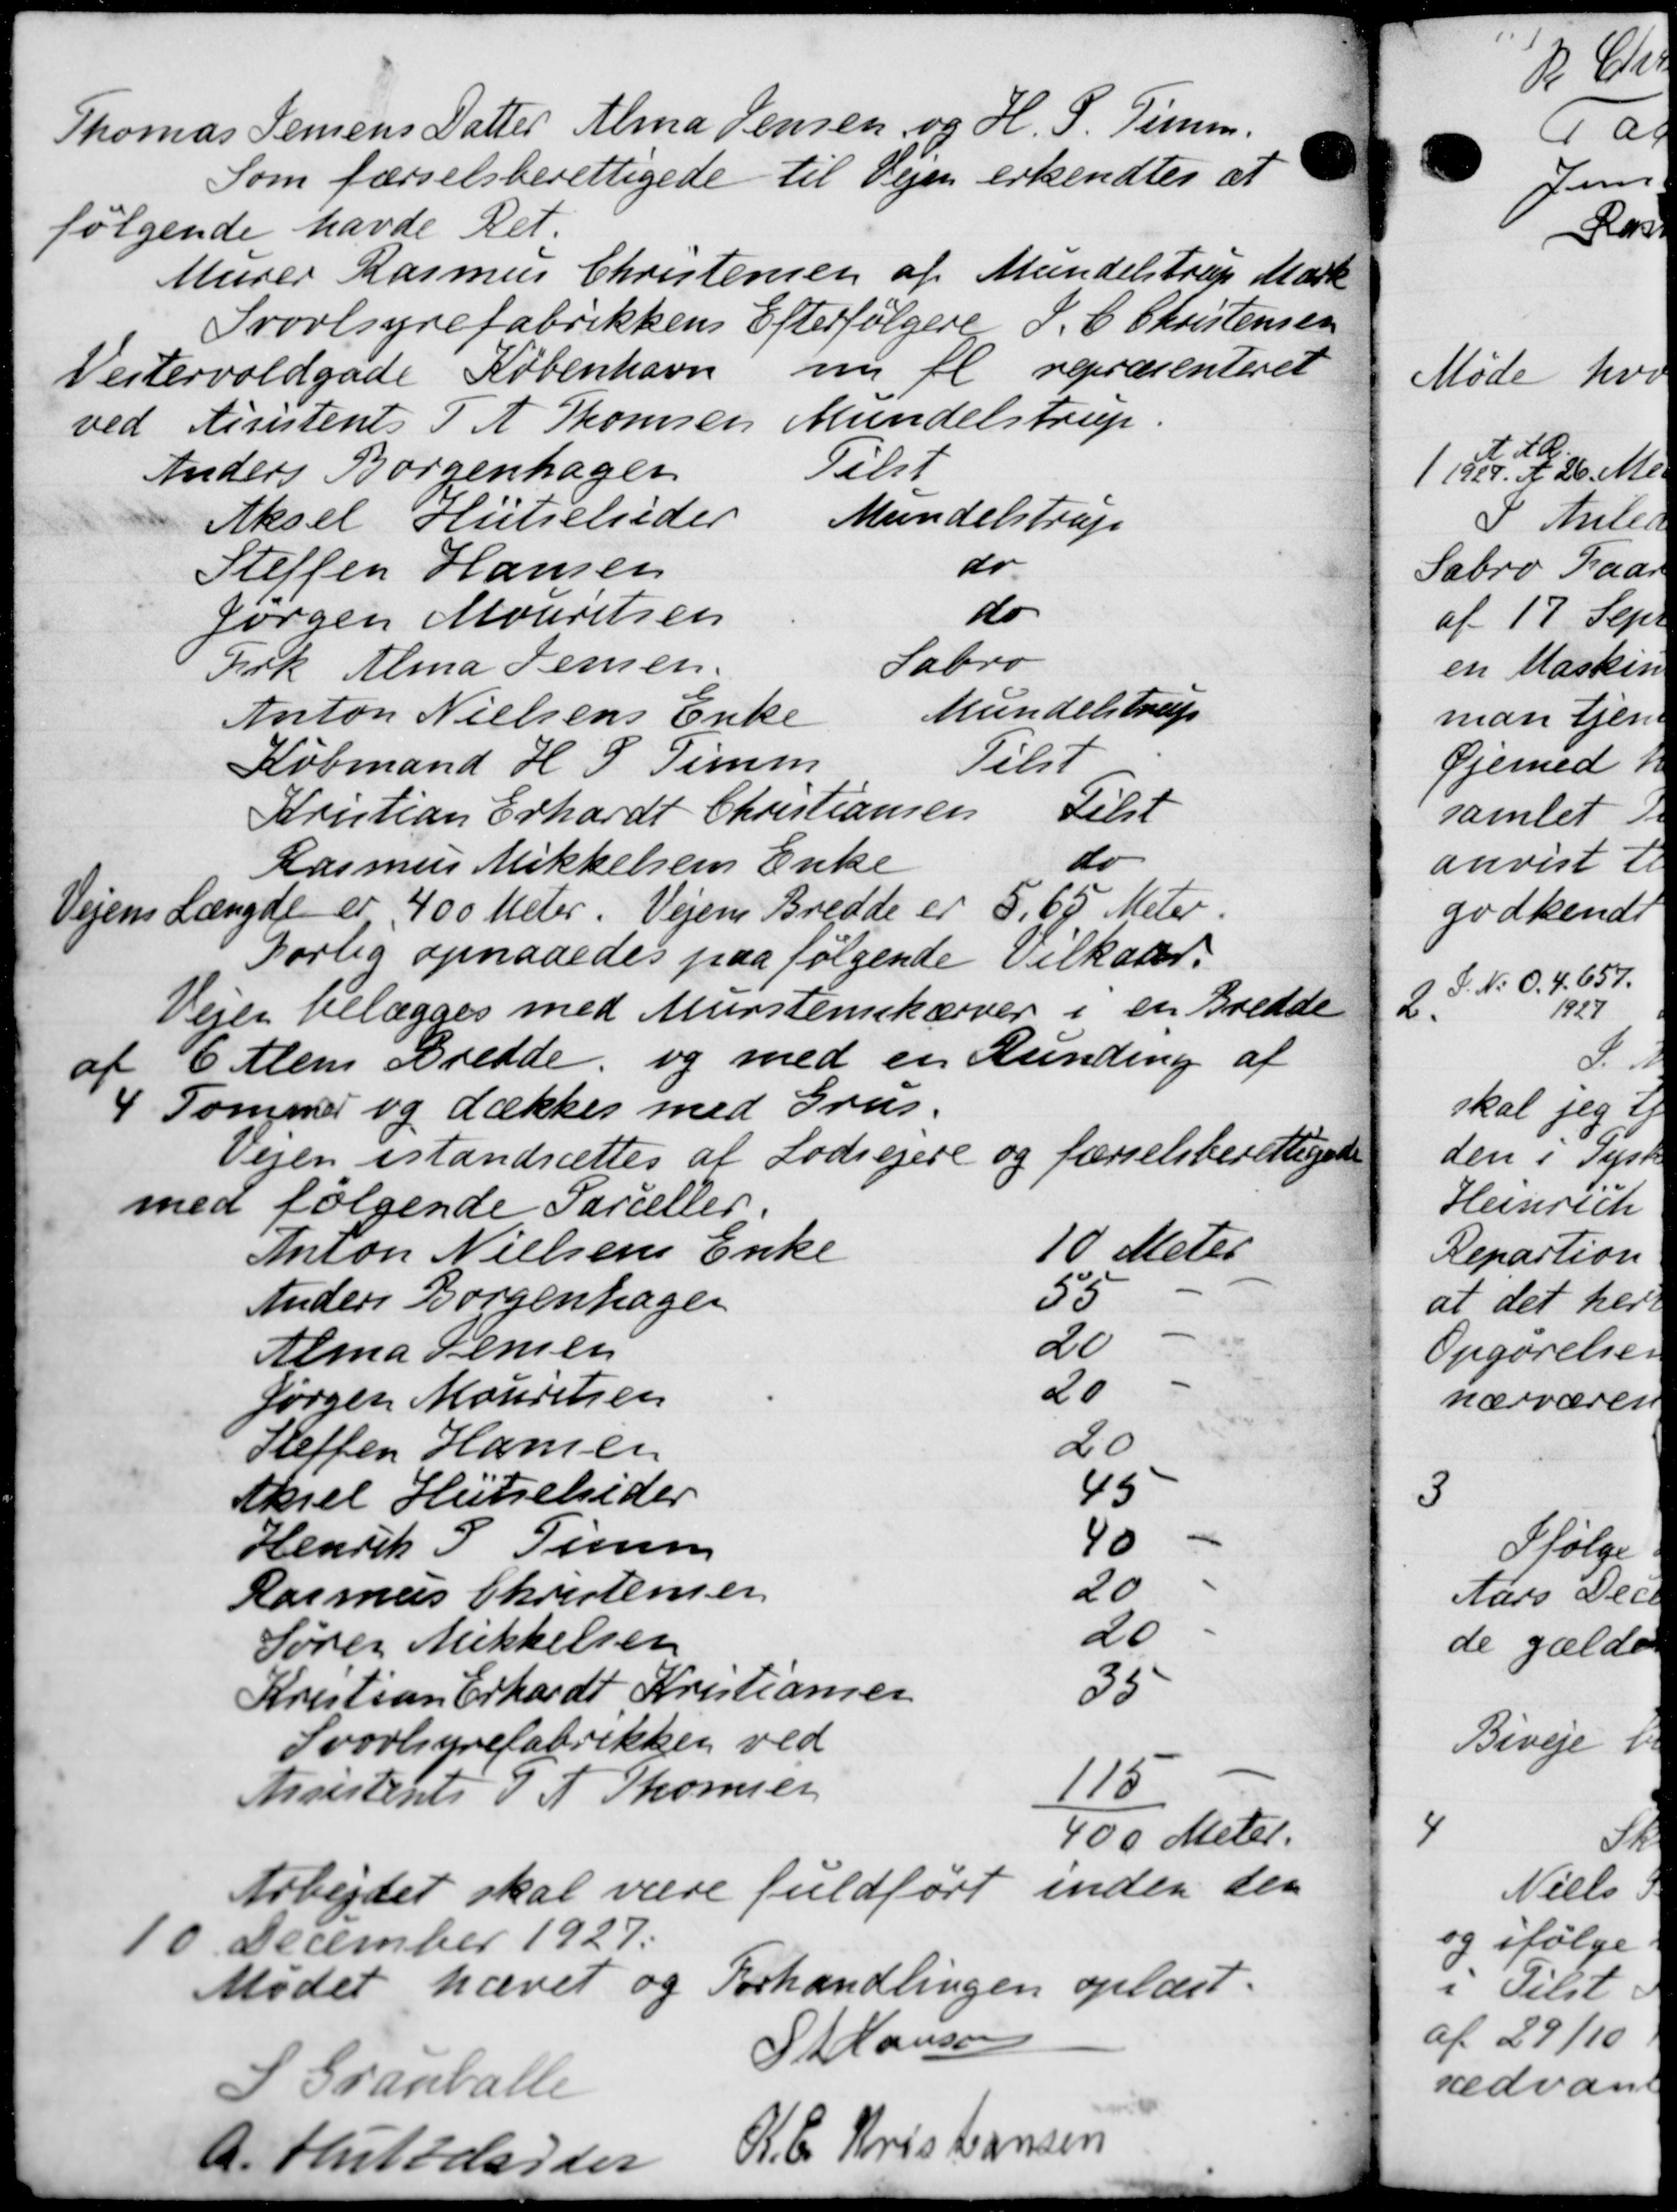
Transskription:
Thomas Jensens Datter Alma Jensen og H. P. Timm.
Som førselsberettigede til Vejen erkendtes at
følgende havde Ret.
Murer Rasmus Christensen af Mundelstrup Mark
Provesyrefabrikkens Efterfølgere J. C. Christensen
Vestervoldgade København ny fl repræsenteret
ved Assistent P. A. Thomsen Mundelstrup.
Anders Borgenhager Telt
Aksel Hutieleder Mundelstrup
Steffen Hansen do
Jørgen Mouritsen do
Firk Alma Jensen. Sabro
Anton Nielsens Enke Mundelstrup
Købmand H. P. Timm Tilst
Kristian Erhardt Christiansen Lidt
do
Rasmus Mikkelsens Enke
Vejens Længde er 400 Meter. Vejens Bredde er 5,65 Meter.
Forlig opnaaedes paa følgende Vilkaar.
Vejen tillægges med Murstenskærver i en Bredde
af 6 Alen Bredde, og med en Lunding af
4 Tommer og dækkes med Grus.
Vejen istandsættes af Lodsejere og førselsberettigede
med følgende Parceller.
Anton Nielsens Enke
10 Meter
Anders Børgenhagen
55
Alma Jensen
20
Jørgen Mouritsen
20
Heffen Hansen
20
Aksel Hutselsider
45
Henrik P Timen
40
Rasmus Christensen
20
Søren Mikkelsen
20
Kristian Erhardt Kristiansen
35
Svovlyrefabrikken ved
Assistent J A Thomsen
115
400 Meter.
Arbejdet skal være fuldført inden den
10 December 1927.
Mødet hævet og Forhandlingen oplæst.
S Granballe
 t Hansen
A. Huttdsider
R. C. Kristiansen

do
2
at
B